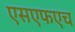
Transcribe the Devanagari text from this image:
एसएफएच